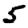
Digit: 5